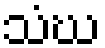
သံဃ